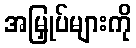
အမြှုပ်များကို